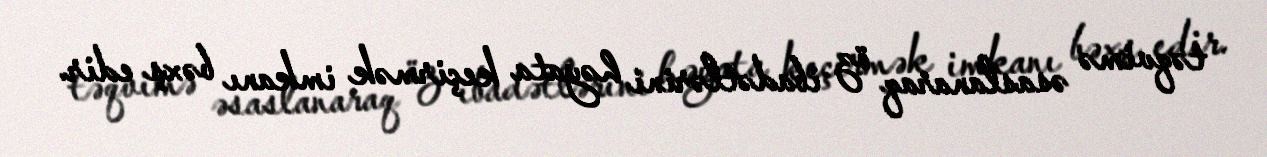
təqvimə əsaslanaraq öz ibadətlərini həyata keçirmək imkanı bəxş edir.